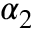
\alpha _ { 2 }